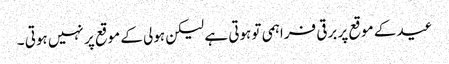
عید کے موقع پر برقی فراہمی تو ہوتی ہے لیکن ہولی کے موقع پر نہیں ہوتی ۔